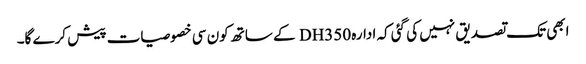
ابھی تک تصدیق نہیں کی گئی کہ ادارہ DH350 کے ساتھ کون سی خصوصیات پیش کرے گا۔